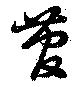
管